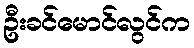
ဦးခင်မောင်လွင်က